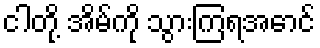
ငါတို့ အိမ်ကို သွားကြရအောင်